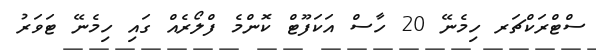
ސްޓްރަކްޗަރ ހިމެނޭ 20 ހާސް އަކަފޫޓް ކޮންމެ ފްލޯރެއް ގައި ހިމެނޭ ޓަވަރު